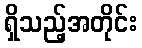
ရှိသည့်အတိုင်း